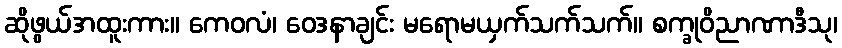
ဆိုဖွယ်အထူးကား။ ကေဝလံ၊ ဝေဒနာချင်း မရောမယှက်သက်သက်။ စက္ခုဝိညာဏာဒီသု၊